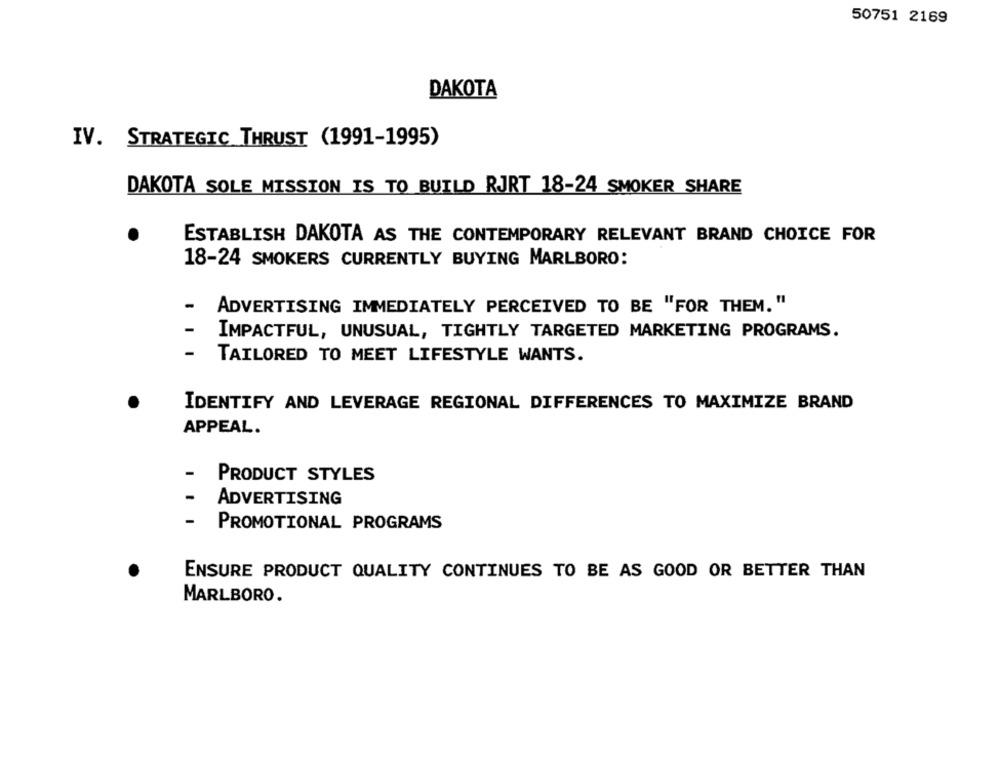
50751 2169
DAKOTA
IV. STRATEGIC THRUST (1991-1995)
DAKOTA SOLE MISSION IS TO BUILD RJRT 18-24 SMOKER SHARE
ESTABLISH DAKOTA AS THE CONTEMPORARY RELEVANT BRAND CHOICE FOR
18-24 SMOKERS CURRENTLY BUYING MARLBORO:
-
ADVERTISING IMMEDIATELY PERCEIVED TO BE "FOR THEM. "
-
IMPACTFUL, UNUSUAL, TIGHTLY TARGETED MARKETING PROGRAMS.
-
TAILORED TO MEET LIFESTYLE WANTS.
IDENTIFY AND LEVERAGE REGIONAL DIFFERENCES TO MAXIMIZE BRAND
APPEAL.
PRODUCT STYLES
ADVERTISING
-
PROMOTIONAL PROGRAMS
ENSURE PRODUCT QUALITY CONTINUES TO BE AS GOOD OR BETTER THAN
MARLBORO.